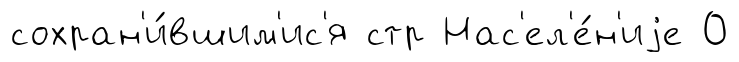
сохран'и́вшим'ис'я стр Нас'ел'е́н'иjе 0